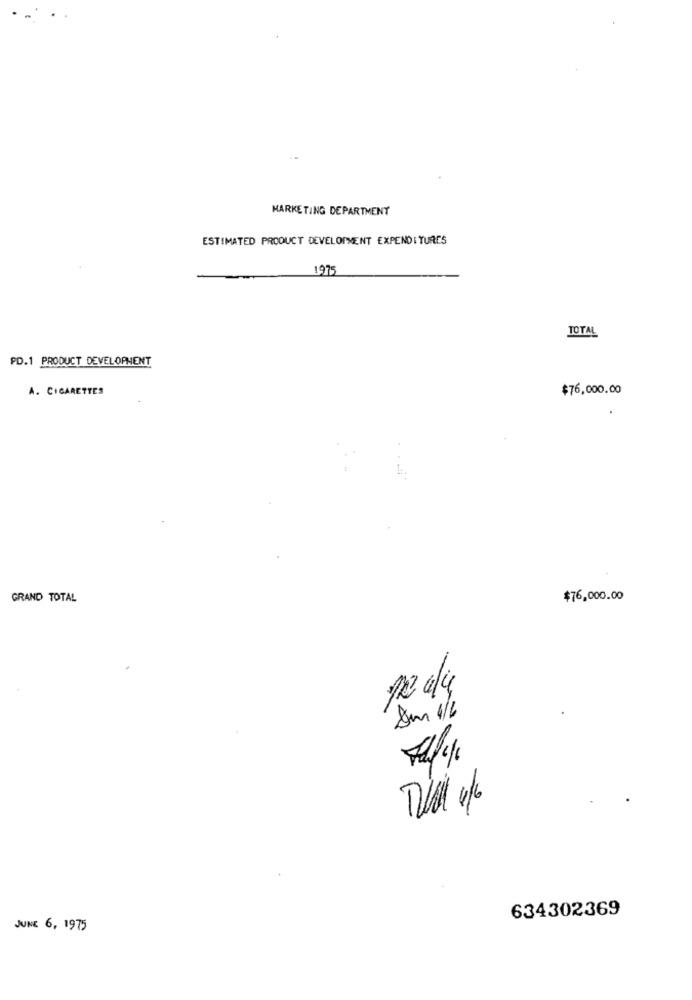
MARKETING DEPARTMENT
ESTIMATED PRODUCT DEVELOPMENT EXPENDITURES
1975
TOTAL
PD.1 PRODUCT DEVELOPMENT
A. CIGARETTES
$76,000.00
GRAND TOTAL
$76,000.00
12 4/4
Am 1/6
634302369
JUNE 6, 1975